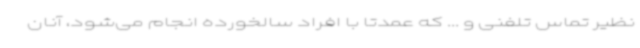
نظیر تماس تلفنی و ... که عمدتا با افراد سالخورده انجام می‌شود، آنان